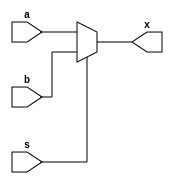
// Esparza Soto
//Multiplexor de 2 entradas

//MODULO//////

module mux21a (a,b,s,x);
	
	input a,b,s;
	
	
	output  reg x;
	
	
	//assign x=(a&~s)|(b&s);
	
	//Comportamental Secuencial If
	
	always@(s) //INCIA CUANDO S TENGA ALGUN CAMBIO
	begin 
		if(s==0)
			x=a;
		else
			x=b;
	end
//	
//	//Comportamental secuencial case
//	
////	always@(s)
////	begin
////		case(s)
////			0: x=a;
////			1: x=b;
////		endcase
////	end
	
	
endmodule